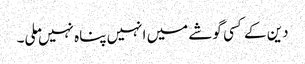
دین کے کسی گوشے میں انہیں پناہ نہیں ملی۔